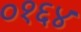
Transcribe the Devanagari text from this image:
०१६४